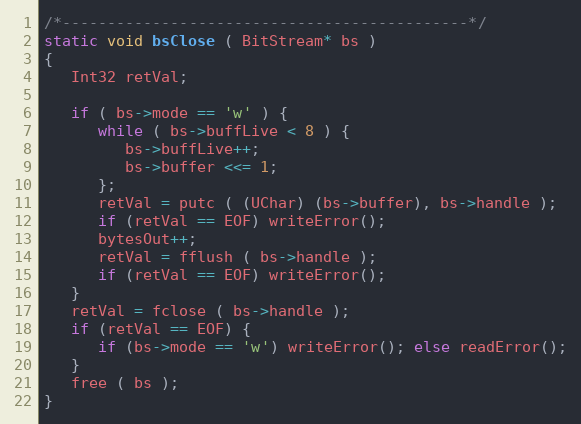
Language: C
/*---------------------------------------------*/
static void bsClose ( BitStream* bs )
{
   Int32 retVal;

   if ( bs->mode == 'w' ) {
      while ( bs->buffLive < 8 ) {
         bs->buffLive++;
         bs->buffer <<= 1;
      };
      retVal = putc ( (UChar) (bs->buffer), bs->handle );
      if (retVal == EOF) writeError();
      bytesOut++;
      retVal = fflush ( bs->handle );
      if (retVal == EOF) writeError();
   }
   retVal = fclose ( bs->handle );
   if (retVal == EOF) {
      if (bs->mode == 'w') writeError(); else readError();
   }
   free ( bs );
}